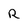
Character: R